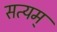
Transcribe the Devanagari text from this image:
सत्‍यम्